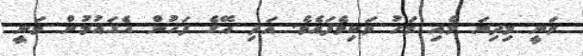
ވަނީ މިދިޔަ މެއި މަހު ވަކިވެފައެވެ. އަދި އޭގެ ފަހުން އެގައުމުން ވަނީ